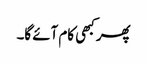
پھر کبھی کام آئے گا۔